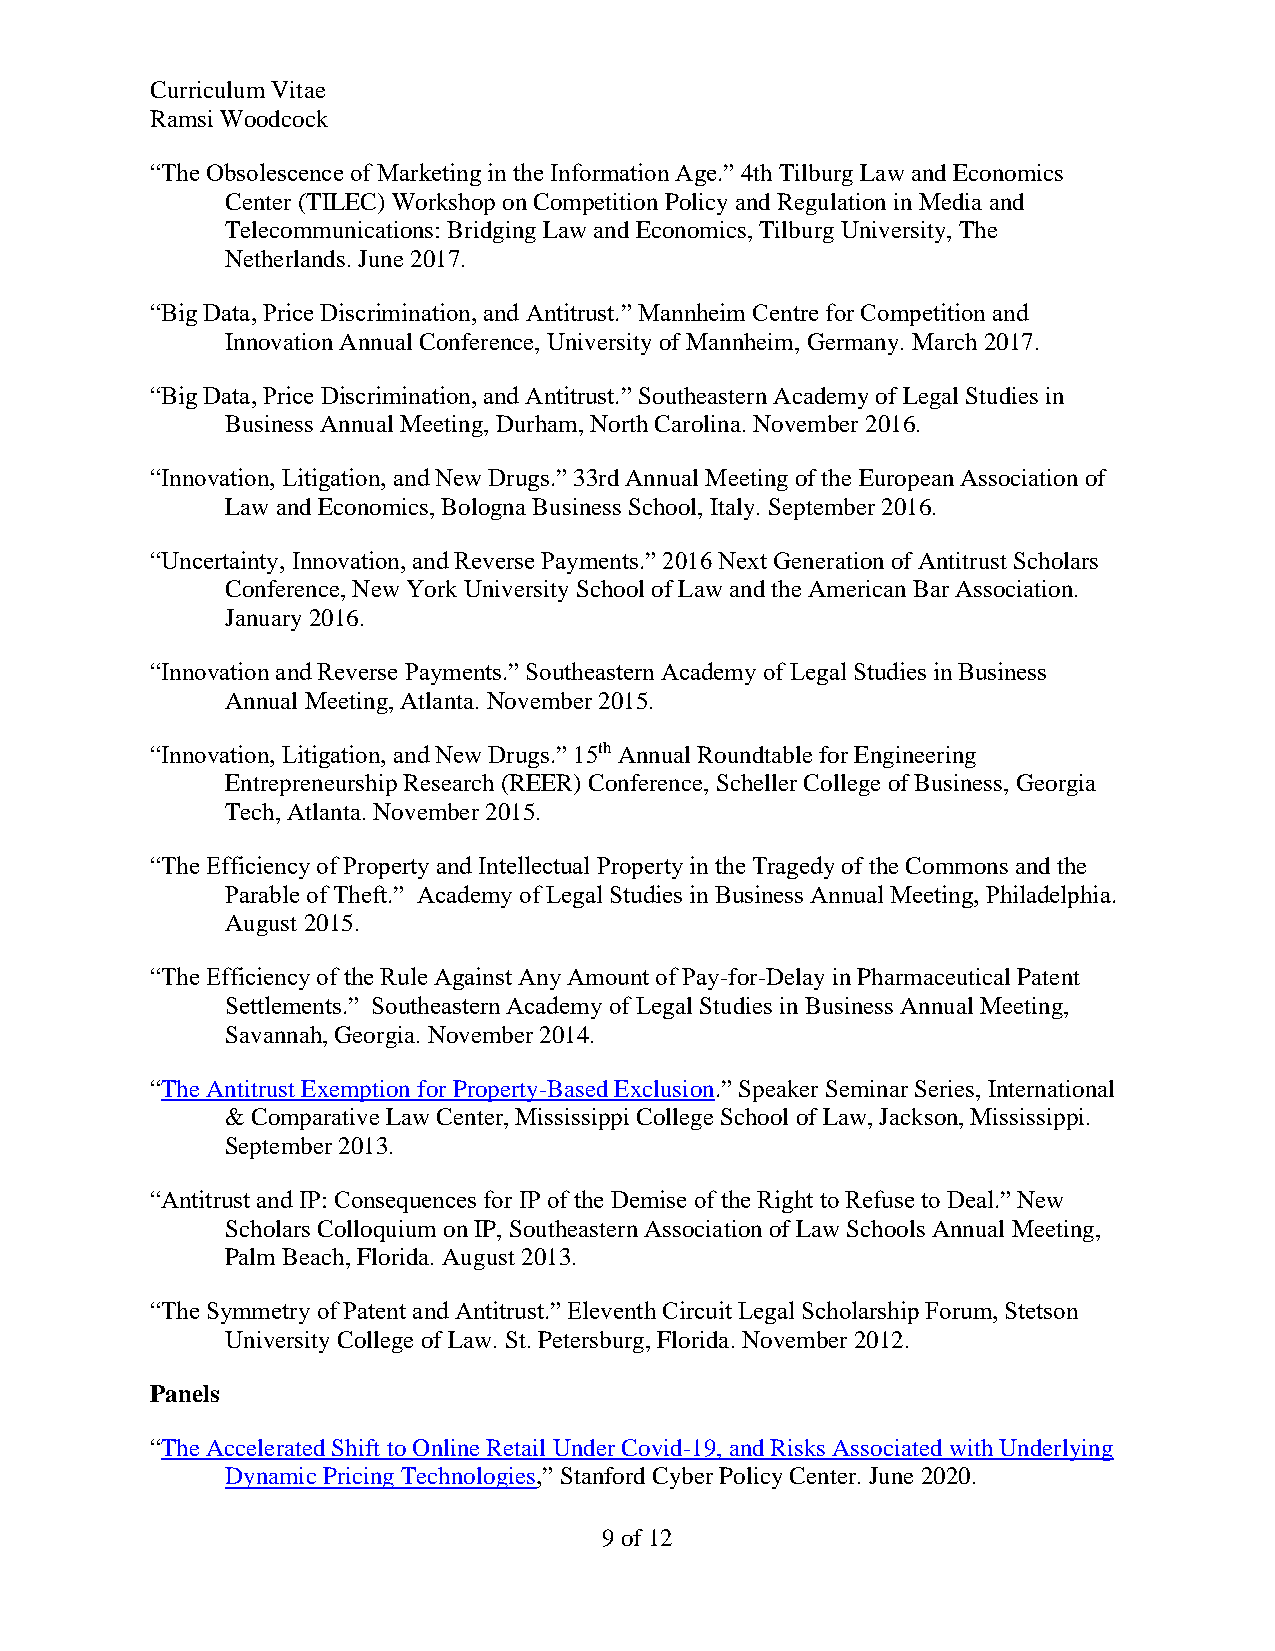
Curriculum Vitae
 Ramsi Woodcock
 “The Obsolescence of Marketing in the Information Age.” 4th Tilburg Law and Economics
 Center (TILEC) Workshop on Competition Policy and Regulation in Media and
 Telecommunications: Bridging Law and Economics, Tilburg University, The
 Netherlands. June 2017.
 “Big Data, Price Discrimination, and Antitrust.” Mannheim Centre for Competition and
 Innovation Annual Conference, University of Mannheim, Germany. March 2017.
 “Big Data, Price Discrimination, and Antitrust.” Southeastern Academy of Legal Studies in
 Business Annual Meeting, Durham, North Carolina. November 2016.
 “Innovation, Litigation, and New Drugs.” 33rd Annual Meeting of the European Association of
 Law and Economics, Bologna Business School, Italy. September 2016.
 “Uncertainty, Innovation, and Reverse Payments.” 2016 Next Generation of Antitrust Scholars
 Conference, New York University School of Law and the American Bar Association.
 January 2016.
 “Innovation and Reverse Payments.” Southeastern Academy of Legal Studies in Business
 Annual Meeting, Atlanta. November 2015.
 “Innovation, Litigation, and New Drugs.” 15th Annual Roundtable for Engineering
 Entrepreneurship Research (REER) Conference, Scheller College of Business, Georgia
 Tech, Atlanta. November 2015.
 “The Efficiency of Property and Intellectual Property in the Tragedy of the Commons and the
 Parable of Theft.” Academy of Legal Studies in Business Annual Meeting, Philadelphia.
 August 2015.
 “The Efficiency of the Rule Against Any Amount of Pay-for-Delay in Pharmaceutical Patent
 Settlements.” Southeastern Academy of Legal Studies in Business Annual Meeting,
 Savannah, Georgia. November 2014.
 “The Antitrust Exemption for Property-Based Exclusion.” Speaker Seminar Series, International
 & Comparative Law Center, Mississippi College School of Law, Jackson, Mississippi.
 September 2013.
 “Antitrust and IP: Consequences for IP of the Demise of the Right to Refuse to Deal.” New
 Scholars Colloquium on IP, Southeastern Association of Law Schools Annual Meeting,
 Palm Beach, Florida. August 2013.
 “The Symmetry of Patent and Antitrust.” Eleventh Circuit Legal Scholarship Forum, Stetson
 University College of Law. St. Petersburg, Florida. November 2012.
 Panels
 “The Accelerated Shift to Online Retail Under Covid-19, and Risks Associated with Underlying
 Dynamic Pricing Technologies,” Stanford Cyber Policy Center. June 2020.
 9 of 12